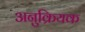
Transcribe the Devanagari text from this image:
अनुक्रियक